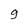
Character: 9